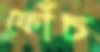
ফোঁচ